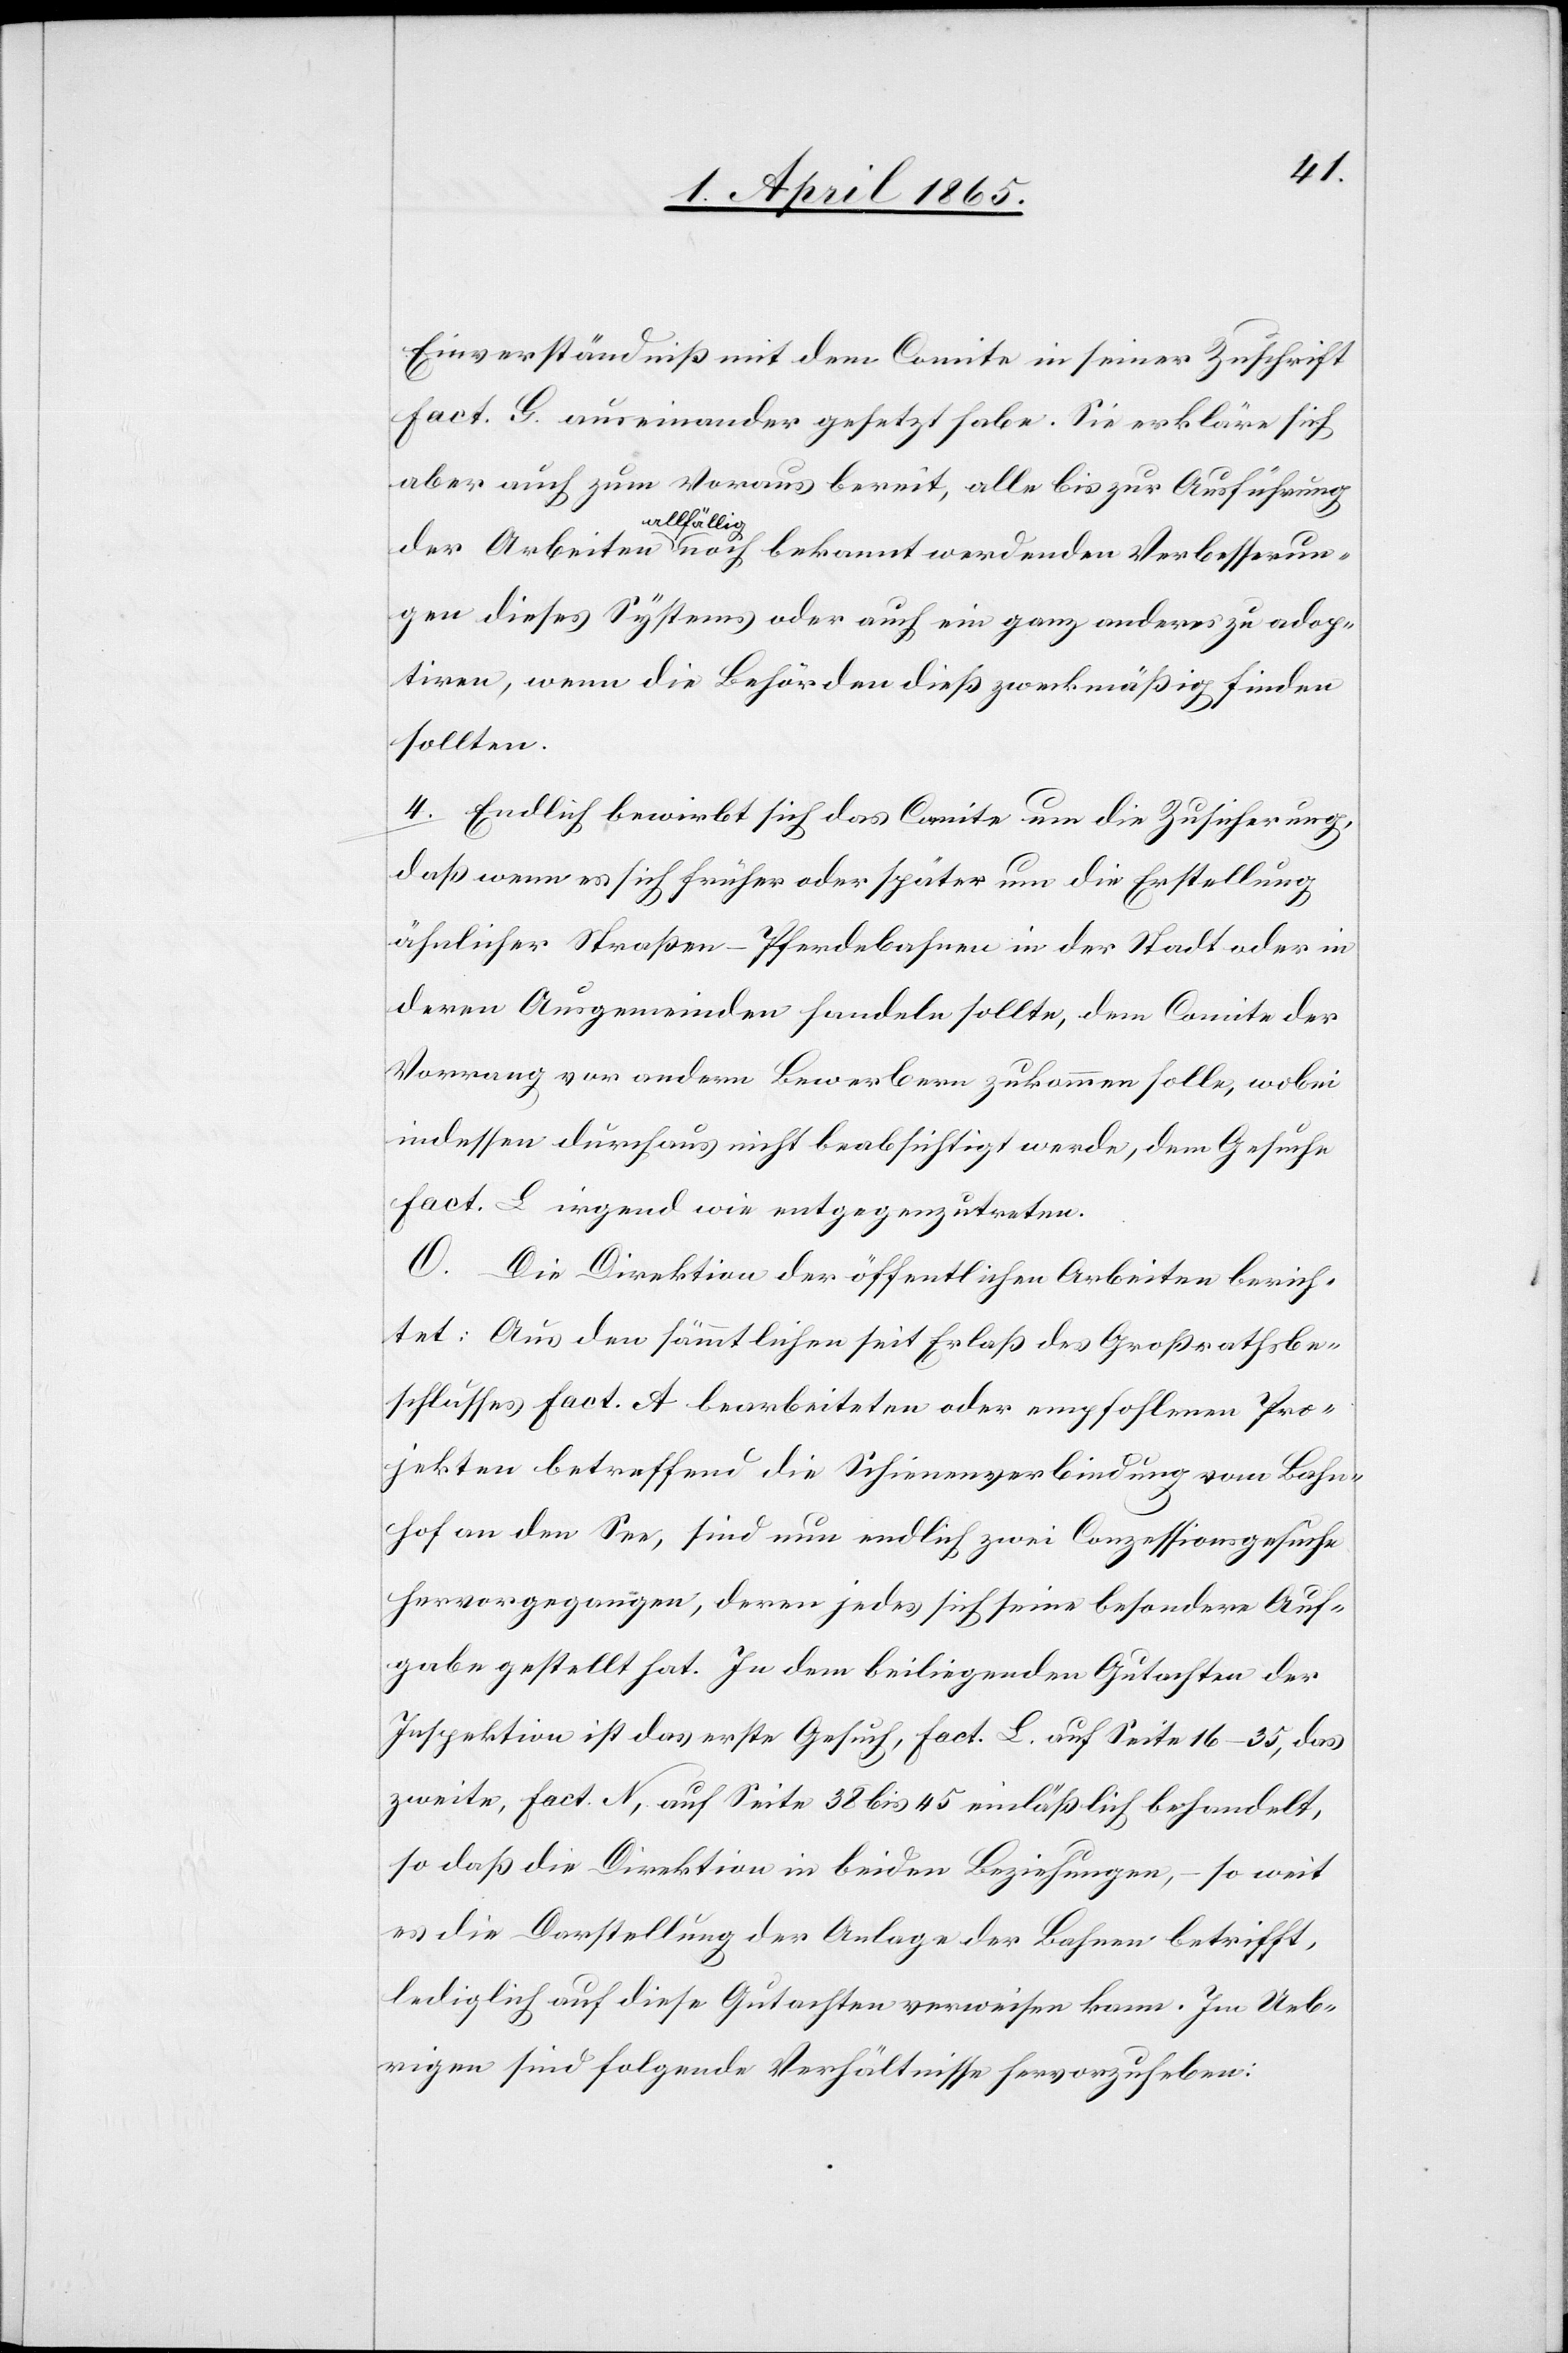
Einverständniß mit dem Comite in seiner Zuschrift
Fact. G. auseinander gesetzt habe. Sie erkläre sich
aber auch zum Voraus bereit, alle bis zur Ausführung
all¬
se¬
run¬
gen dieses Systems oder auch ein ganz anderes zu adop¬
tiren, wenn die Behörden dieß zweckmäßig finden
sollten.
4. Endlich bewirbt sich das Comite um die Zusicherung,
daß wenn es sich früher oder später um die Erstellung
ähnlicher Straßen-Pferdebahnen in der Stadt oder in
deren Ausgemeinden handeln sollte, dem Comite der
Vorrang vor andern Bewerbern zukommen solle, wobei
indessen durchaus nicht beabsichtigt werde, dem Gesuche
Fact. L irgend wie entgegenzutreten.
O. Die Direktion der öffentlichen Arbeiten berich¬
tet: Aus den sämmtlichen seit Erlaß des Großrathsbe¬
schlusses Fact. A bearbeiteten oder empfohlenen Pro¬
jekten betreffend die Schienenverbindung vom Bahn¬
hof an den See, sind nun endlich zwei Conzessionsgesuche
hervorgegangen, deren jedes sich seine besondere Auf¬
gabe gestellt hat. In dem beiliegenden Gutachten der
Inspektion ist das erste Gesuch, Fact. L. auf Seite 16–35, das
zweite, Fact. N, auf Seite 38 bis 45 einläßlich behandelt,
so daß die Direktion in beiden Beziehungen, – so weit
es die Darstellung der Anlage der Bahnen betrifft,
lediglich auf diese Gutachten verweisen kann. Im Ueb¬
rigen sind folgende Verhältnisse hervorzuheben: